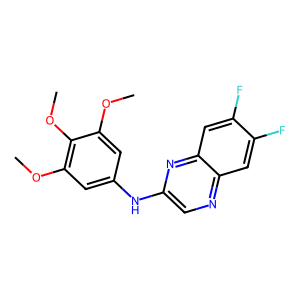
SMILES: COc1cc(Nc2cnc3cc(F)c(F)cc3n2)cc(OC)c1OC
Inhibits HIV replication: No